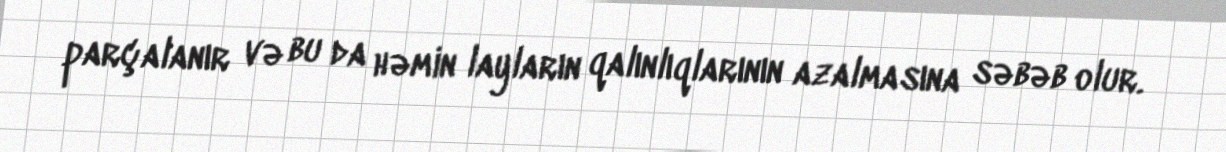
parçalanır və bu da həmin layların qalınlıqlarının azalmasına səbəb olur.